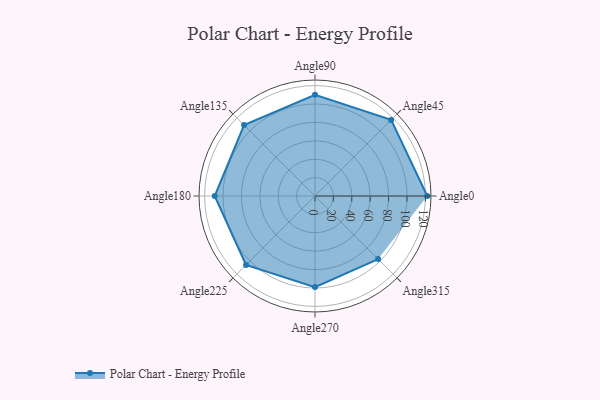
{"axis": {"x": "Angle", "y": "Radius"}, "legend": [""], "data": [{"x": "Angle0", "y": 122.0, "type": ""}, {"x": "Angle45", "y": 117.0, "type": ""}, {"x": "Angle90", "y": 110.0, "type": ""}, {"x": "Angle135", "y": 109.0, "type": ""}, {"x": "Angle180", "y": 109.0, "type": ""}, {"x": "Angle225", "y": 106.0, "type": ""}, {"x": "Angle270", "y": 99.0, "type": ""}, {"x": "Angle315", "y": 97.0, "type": ""}]}